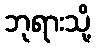
ဘုရားသို့